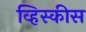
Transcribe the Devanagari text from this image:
व्हिस्कीस